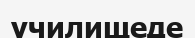
училищеде